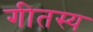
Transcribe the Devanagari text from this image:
गीतस्य